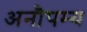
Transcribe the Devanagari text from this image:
अनौपम्य